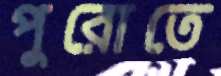
পুরোতে